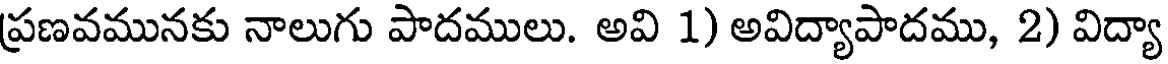
ప్రణవమునకు నాలుగు పాదములు. అవి 1) అవిద్యాపాదము, 2) విద్యా